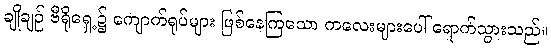
ချိုချဉ် ဗီရိုရှေ့၌ ကျောက်ရုပ်များ ဖြစ်နေကြသော ကလေးများပေါ် ရောက်သွားသည်။